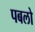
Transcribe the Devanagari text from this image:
पबलो